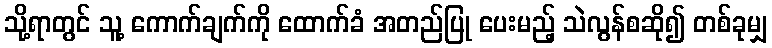
သို့ရာတွင် သူ့ ကောက်ချက်ကို ထောက်ခံ အတည်ပြု ပေးမည့် သဲလွန်စဆို၍ တစ်ခုမျှ